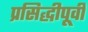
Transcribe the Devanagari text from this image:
प्रसिद्धीपूर्वी